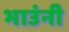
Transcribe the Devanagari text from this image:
भाउंनी